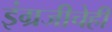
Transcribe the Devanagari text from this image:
इंग्रजीचेही